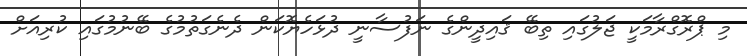
މި ޕްރޮގްރާމަކީ ޖަލުގައި ތިބޭ ޤައިދީންގެ ނަފުސާނީ ދުޅަހެޔޮކަން ދެނެގަތުމުގެ ބޭނުމުގައި ކުރިއަށް